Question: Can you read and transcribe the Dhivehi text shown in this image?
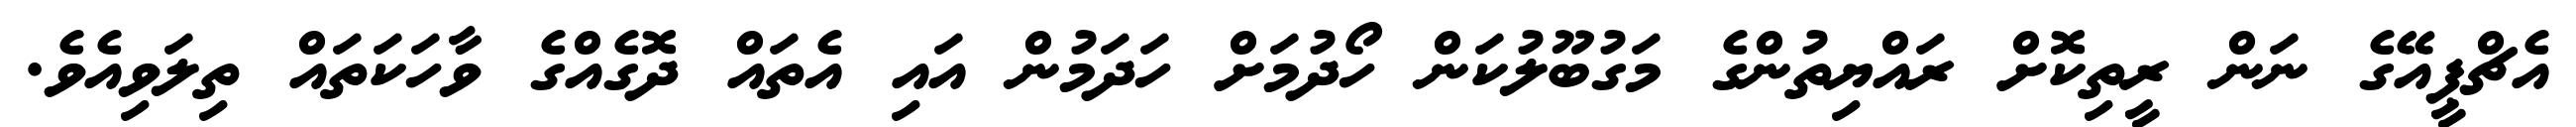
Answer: އެޗްޕީއޭގެ ނަން ރީތިކޮށް ރައްޔިތުންގެ މަގުބޫލުކަން ހޯދުމަށް ހަދަމުން އައި އެތައް ދޮގެއްގެ ވާހަކަތައް ތިލަވިއެވެ.